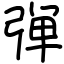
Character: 弾